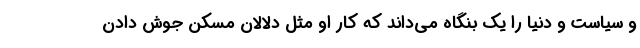
و سیاست و دنیا را یک بنگاه می‌داند که کار او مثل دلالان مسکن جوش دادن